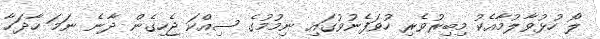
ލޯ ހުޅުވާލުމާއެކު މިބިރުވެރި ހުވަފެނުވުގައި ނިމުމުގެ ސިއްކަ ޖެހިގެން ދާނެ ނަމަ ހާދަހާ